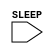
module mbc_header
  (
   //**************************************
   //Power Domain
   //Input  - Always On
   //Output - MBUS Bus Controller Domain
   //**************************************
   //Signals
   //Input
   SLEEP
   //Output
   );

   input SLEEP; //Active High

   always @(SLEEP) begin
      if (SLEEP) begin
	 $write("%c[1;34m",27); 
	 $display("***********************************************");
	 $display("*********MBUS CONTROLLER IS POWER GATED********");
	 $display("*********AT TIME:", $time);
	 $display("***********************************************");
	 $write("%c[0m",27); 
      end
      else begin
	 $write("%c[1;34m",27); 
	 $display("***********************************************");
	 $display("********MBUS CONTROLLER IS POWER UNGATED*******");
	 $display("*********AT TIME:", $time);
	 $display("***********************************************");
	 $write("%c[0m",27); 
      end
   end // always @ (SLEEP)

endmodule